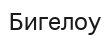
Бигелоу